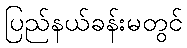
ပြည်နယ်ခန်းမတွင်